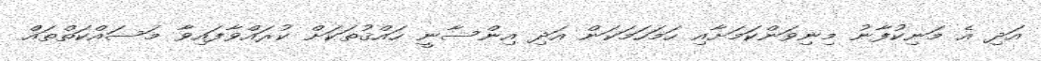
އަދި އެ މަނިކުފާނު މިނިވަންކަމަށާއި ހަމަހަމަކަން އަދި އިންސާނީ ހައްޤުތަކަށް ކުރައްވާފައިވާ މަސައްކަތްތައް